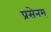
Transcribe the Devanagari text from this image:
प्रसेनम्‌